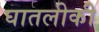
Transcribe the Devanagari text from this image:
घातलीकी